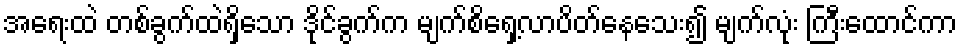
အရေးထဲ တစ်ခွက်ထဲရှိသော ဒိုင်ခွက်က မျက်စိရှေ့လာပိတ်နေသေး၍ မျက်လုံး ကြီးထောင်ကာ